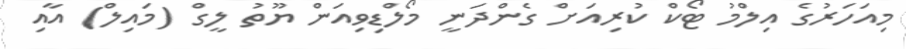
މިއަހަރުގެ އިލްމު ޓޯކް ކުރިއަށް ގެންދަނީ މޯލްޑިވިއަން ޔޫތު ލީގް (މައިލް) އާއި